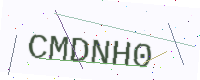
Text: CMDNH0